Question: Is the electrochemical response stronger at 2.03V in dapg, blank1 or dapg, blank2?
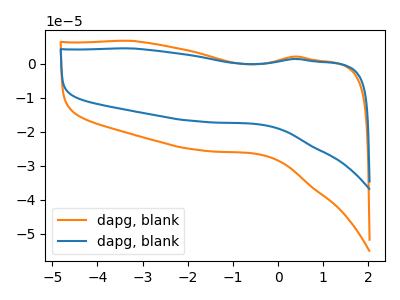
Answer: <think>The orange curve "dapg, blank1" has no peaks. The blue curve "dapg, blank2" has no peaks.</think>
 <answer>"dapg, blank1" and "dapg, blank2" dont share a peak at 2.03V.</answer>
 <eval>mismatch</eval>